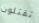
تقتلون